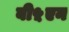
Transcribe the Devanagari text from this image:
बी५एन